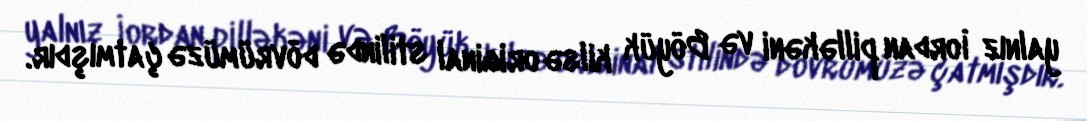
yalnız İordan pilləkəni və Böyük kilsə original stilində dövrümüzə çatmışdır.